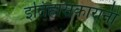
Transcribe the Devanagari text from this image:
इतिहासकारानी